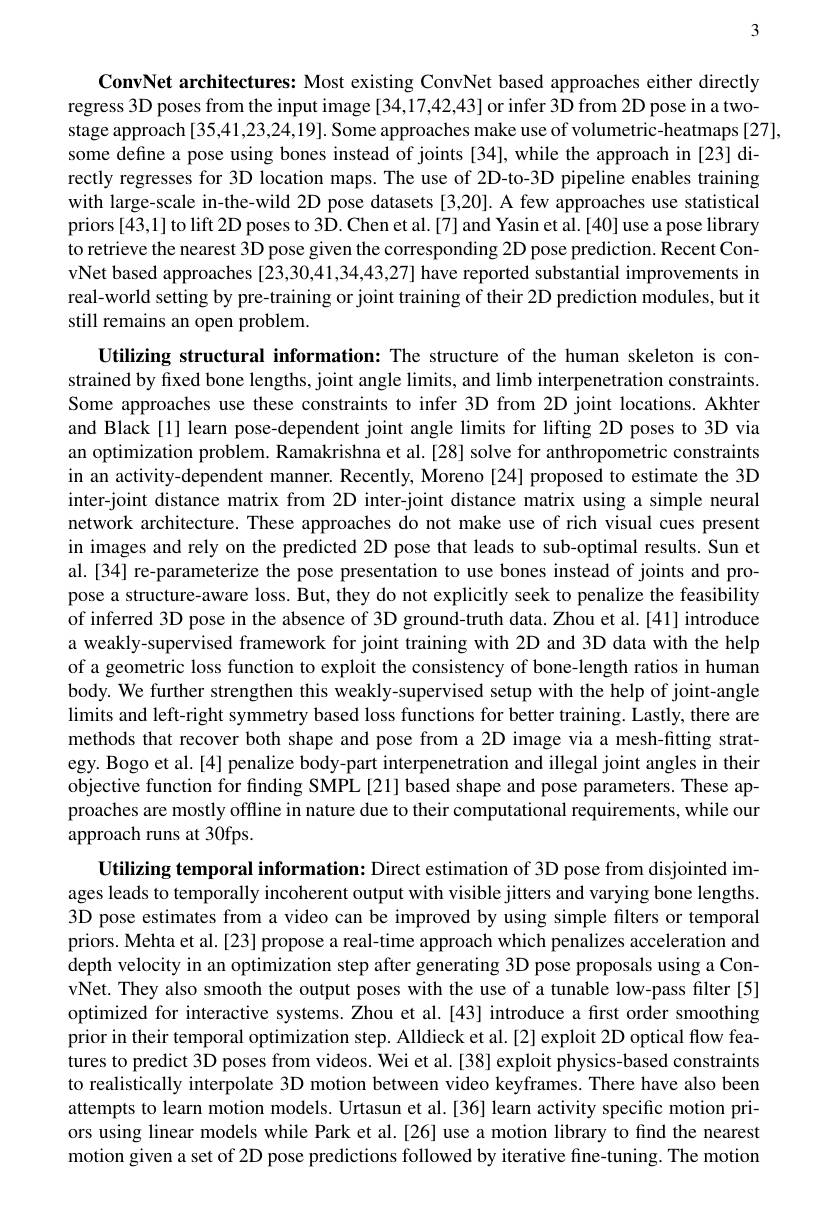
3

ConvNet architectures: Most existing ConvNet based approaches either directly regress 3D poses from the input image [34,17,42,43] or infer 3D from 2D pose in a twostage approach[35,41,23,24,19]. Some approaches make use of volumetric-heatmaps[27],
some define a pose using bones instead of joints [34], while the approach in [23] directly regresses for 3D location maps. The use of 2D-to-3D pipeline enables training with large-scale in-the-wild 2D pose datasets [3,20]. A few approaches use statistical priors[43,1] to lift 2D poses to 3D. Chen et al.[7] and Yasin et al. [40] use a pose library to retrieve the nearest 3D pose given the corresponding 2D pose prediction. Recent ConvNet based approaches [23,30,41,34,43,27] have reported substantial improvements in real-world setting by pre-training or joint training of their 2D prediction modules, but it still remains an open problem.

Utilizing structural information: The structure of the human skeleton is constrained by fixed bone lengths, joint angle limits, and limb interpenetration constraints. Some approaches use these constraints to infer 3D from 2D joint locations. Akhter and Black [1] learn pose-dependent joint angle limits for lifting 2D poses to 3D via an optimization problem. Ramakrishna et al.[28] solve for anthropometric constraints in an activity-dependent manner. Recently, Moreno [24] proposed to estimate the 3D inter-joint distance matrix from 2D inter-joint distance matrix using a simple neural network architecture. These approaches do not make use of rich visual cues present in images and rely on the predicted 2D pose that leads to sub-optimal results. Sun et al.[34] re-parameterize the pose presentation to use bones instead of joints and propose a structure-aware loss. But, they do not explicitly seek to penalize the feasibility of inferred 3D pose in the absence of 3D ground-truth data. Zhou et al.[41] introduce a weakly-supervised framework for joint training with 2D and 3D data with the help of a geometric loss function to exploit the consistency of bone-length ratios in human body. We further strengthen this weakly-supervised setup with the help of joint-angle limits and left-right symmetry based loss functions for better training. Lastly, there are methods that recover both shape and pose from a 2D image via a mesh-fitting strategy. Bogo et al.[4] penalize body-part interpenetration and illegal joint angles in their objective function for fınding SMPL [21] based shape and pose parameters. These approaches are mostly offline in nature due to their computational requirements, while our approach runs at 30fps.
Utilizing temporal information: Direct estimation of 3D pose from disjointed images leads to temporally incoherent output with visible jitters and varying bone lengths. 3D pose estimates from a video can be improved by using simple filters or temporal

priors. Mehta et al.[23] propose a real-time approach which penalizes acceleration and depth velocity in an optimization step after generating 3D pose proposals using a ConvNet. They also smooth the output poses with the use of a tunable low-pass filter[5] optimized for interactive systems.Zhou et al.[43] introduce a first order smoothing prior in their temporal optimization step. Alldieck et al.[2] exploit 2D optical flow features to predict 3D poses from videos. Wei et al. [38] exploit physics-based constraints to realistically interpolate 3D motion between video keyframes. There have also been attempts to learn motion models. Urtasun et al.[36] learn activity specific motion priors using linear models while Park et al.[26] use a motion library to find the nearest motion given a set of 2D pose predictions followed by iterative fine-tuning. The motion